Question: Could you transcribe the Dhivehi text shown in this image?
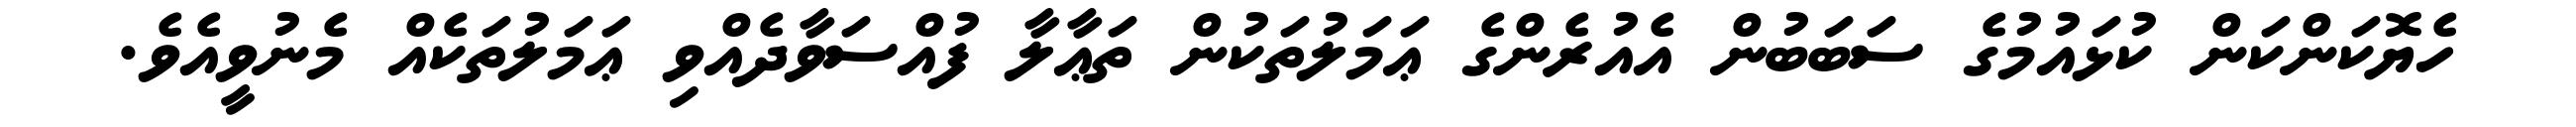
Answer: ހެޔޮކަންކަން ކުޅައުމުގެ ސަބަބުން އެއުރެންގެ ޢަމަލުތަކުން ތަޢާލާ ފުއްސަވާދެއްވި ޢަމަލުތަކެއް މެނުވީއެވެ.